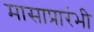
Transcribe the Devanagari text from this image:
मासाप्रारंभी